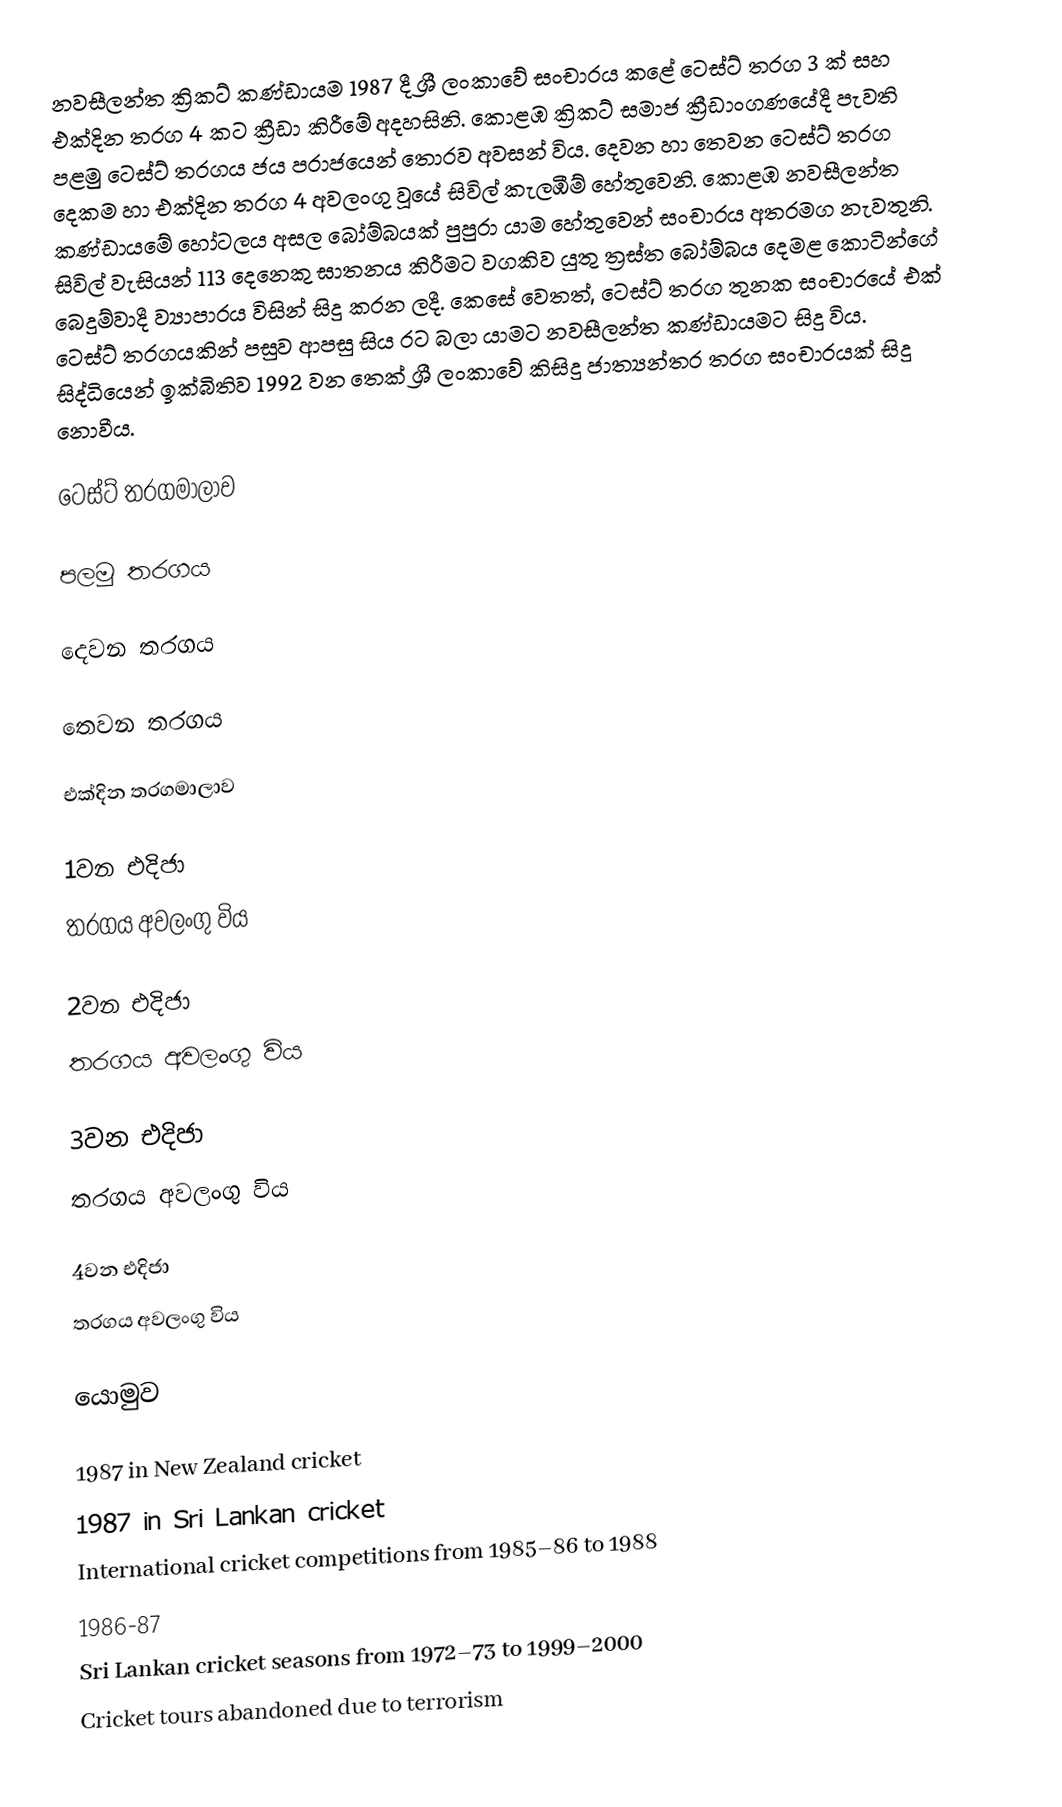
නවසීලන්ත ක්‍රිකට් කණ්ඩායම 1987 දී ශ්‍රී ලංකාවේ සංචාරය කළේ ටෙස්ට් තරග 3 ක් සහ එක්දින තරග 4 කට ක්‍රීඩා කිරීමේ අදහසිනි. කොළඹ ක්‍රිකට් සමාජ ක්‍රීඩාංගණයේදී පැවති පළමු ටෙස්ට් තරගය ජය පරාජයෙන් තොරව අවසන් විය. දෙවන හා තෙවන ටෙස්ට් තරග දෙකම හා එක්දින තරග 4 අවලංගු වූයේ සිවිල් කැලඹීම් හේතුවෙනි. කොළඹ නවසීලන්ත කණ්ඩායමේ හෝටලය අසල බෝම්බයක් පුපුරා යාම හේතුවෙන් සංචාරය අතරමග නැවතුනි. සිවිල් වැසියන් 113 දෙනෙකු ඝාතනය කිරීමට වගකිව යුතු ත්‍රස්ත බෝම්බය දෙමළ කොටින්ගේ බෙදුම්වාදී ව්‍යාපාරය විසින් සිදු කරන ලදී. කෙසේ වෙතත්, ටෙස්ට් තරග තුනක සංචාරයේ එක් ටෙස්ට් තරගයකින් පසුව ආපසු සිය රට බලා යාමට නවසීලන්ත කණ්ඩායමට සිදු විය. සිද්ධියෙන් ඉක්බිතිව 1992 වන තෙක් ශ්‍රී ලංකාවේ කිසිදු ජාත්‍යන්තර තරග සංචාරයක් සිදු නොවීය.

ටෙස්ට් තරගමාලාව

පලමු තරගය

දෙවන තරගය

තෙවන තරගය

එක්දින තරගමාලාව

1වන එදිජා
තරගය අවලංගු විය

2වන එදිජා
තරගය අවලංගු විය

3වන එදිජා
තරගය අවලංගු විය

4වන එදිජා
තරගය අවලංගු විය

යොමුව

1987 in New Zealand cricket
1987 in Sri Lankan cricket
International cricket competitions from 1985–86 to 1988
1986-87
Sri Lankan cricket seasons from 1972–73 to 1999–2000
Cricket tours abandoned due to terrorism